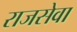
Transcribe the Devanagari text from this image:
राजसेवा